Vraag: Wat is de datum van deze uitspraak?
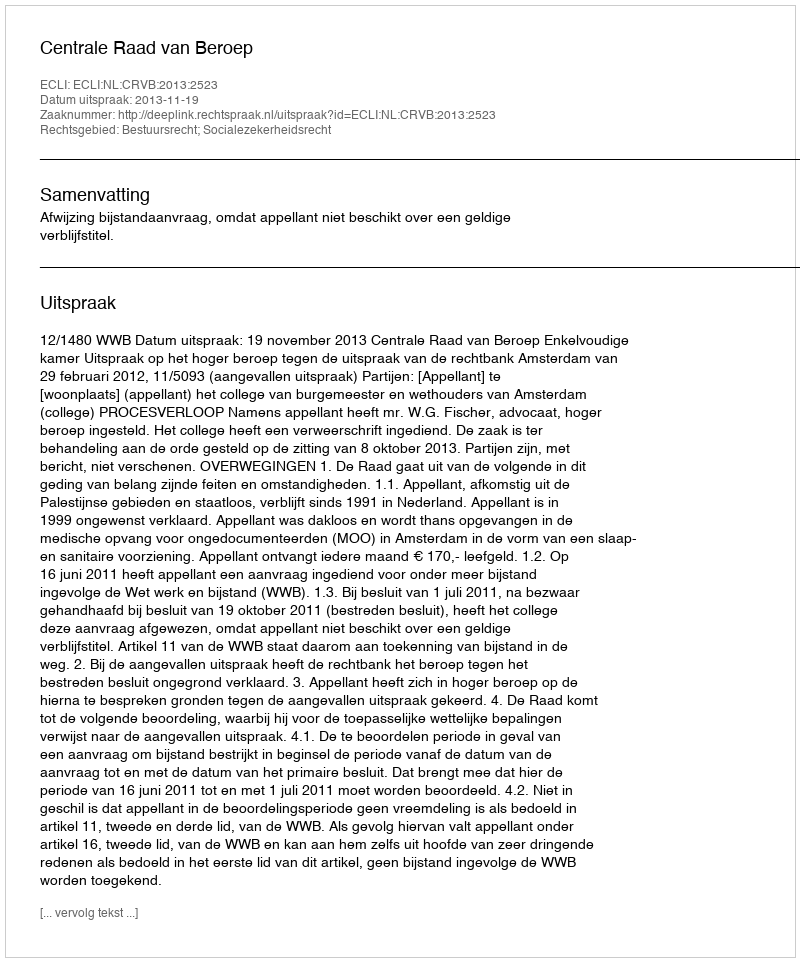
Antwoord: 2013-11-19